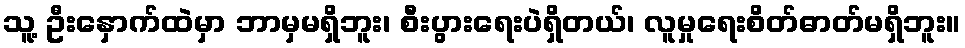
သူ့ ဦးနှောက်ထဲမှာ ဘာမှမရှိဘူး၊ စီးပွားရေးပဲရှိတယ်၊ လူမှုရေးစိတ်ဓာတ်မရှိဘူး။